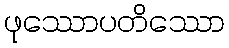
ဖုဿောပတိဿော